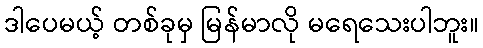
ဒါပေမယ့် တစ်ခုမှ မြန်မာလို မရေသေးပါဘူး။